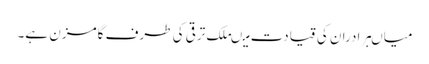
میاںبرادران کی قیادت میںملک ترقی کی طرف گامزن ہے۔